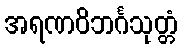
အရဏဝိဘင်္ဂသုတ္တံ